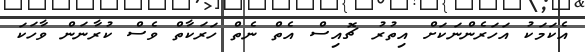
އެކަމަކު އަހަރެންނަކަށް އިތުރު ޗޮއިސް އެތް ނެތް ހަރަކާތް ވެސް ކުރާނަން ވާހަކަ